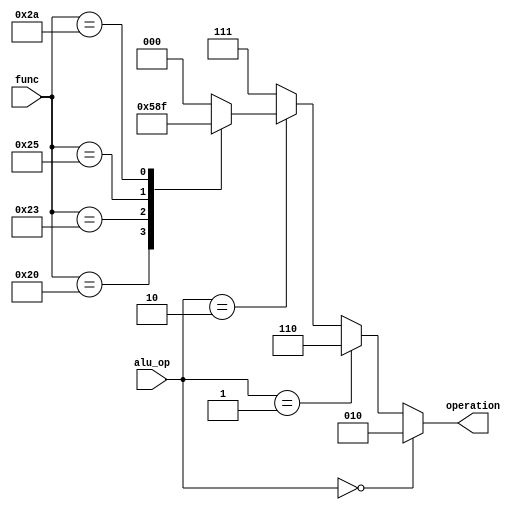
module alu_controller (alu_op, func, operation);
  input [1:0] alu_op;
  input [5:0] func;
  output [2:0] operation;
  reg [2:0] operation;
  
  always @(alu_op, func)
  begin
    operation = 3'b000;
    if (alu_op == 2'b00)        // lw or sw
      operation = 3'b010;
    else if (alu_op == 2'b01)   // beq
      operation = 3'b110;
    else if (alu_op == 2'b10)
      begin
        case (func)
          6'b100000: operation = 3'b010;  // add
          6'b100011: operation = 3'b110;  // sub
          6'b100100: operation = 3'b000;  // and
          6'b100101: operation = 3'b001;  // or
          6'b101010: operation = 3'b111;  // slt
          default:   operation = 3'b000;
        endcase
      end
    else
      operation = 3'b111;      
  end
endmodule